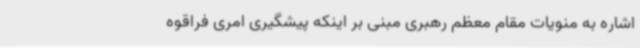
اشاره به منویات مقام معظم رهبری مبنی بر اینکه پیشگیری امری فراقوه